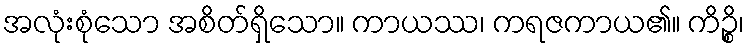
အလုံးစုံသော အစိတ်ရှိသော။ ကာယဿ၊ ကရဇကာယ၏။ ကိဉ္စိ၊